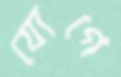
যোগে